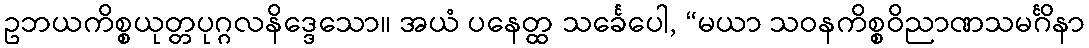
ဥဘယကိစ္စယုတ္တပုဂ္ဂလနိဒ္ဒေသော။ အယံ ပနေတ္ထ သင်္ခေပေါ, “မယာ သဝနကိစ္စဝိညာဏသမင်္ဂိနာ